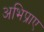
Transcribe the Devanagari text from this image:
अभिप्राए